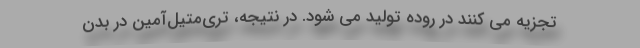
تجزیه می کنند در روده تولید می شود. در نتیجه، تری‌متیل‌آمین در بدن